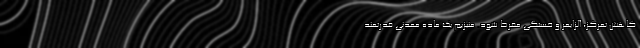
کاهش تمرکز، آلزایمر و خستگی مفرط شود. منیزیم یک ماده معدنی قدرتمند